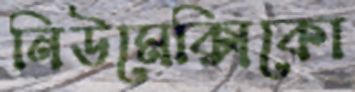
নিউমেক্সিকো